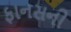
ફાનસની